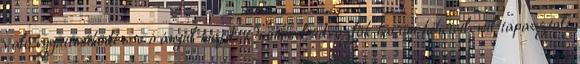
való együttműködésre irányul majd. „Örömmel üdvözlök három hihetetlenül tapasztalt